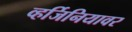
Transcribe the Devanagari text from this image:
व्हर्जिनियावर